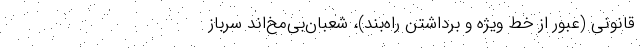
قانونی (عبور از خط ویژه و برداشتن راه‌بند)، شعبان‌بی‌مخ‌اند سرباز